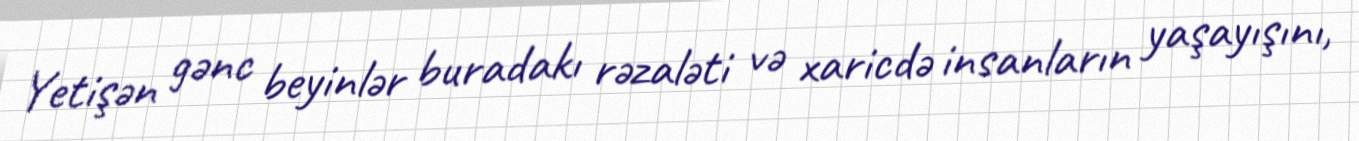
Yetişən gənc beyinlər buradakı rəzaləti və xaricdə insanların yaşayışını,